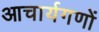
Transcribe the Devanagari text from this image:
आचार्यगणों